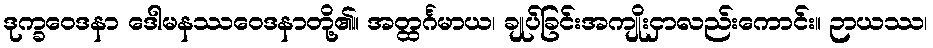
ဒုက္ခဝေဒနာ ဒေါမနဿဝေဒနာတို့၏။ အတ္ထင်္ဂမာယ၊ ချုပ်ခြင်းအကျိုးငှာလည်းကောင်း။ ဉာယဿ၊